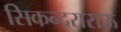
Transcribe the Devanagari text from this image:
सिकन्दराराऊ